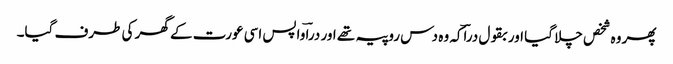
پھر وہ شخص چلا گیا اور بقول دراؔکہ وہ دس روپیہ تھے اور دراؔ واپس اسی عورت کے گھر کی طرف گیا۔